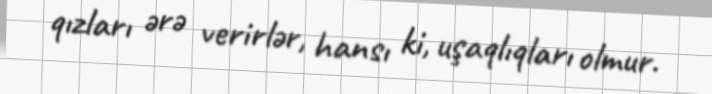
qızları ərə verirlər, hansı ki, uşaqlıqları olmur.